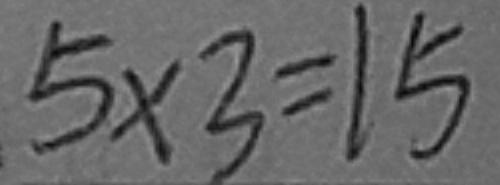
5 \times 3 = 1 5